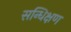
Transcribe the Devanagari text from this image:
सन्धिक्षण